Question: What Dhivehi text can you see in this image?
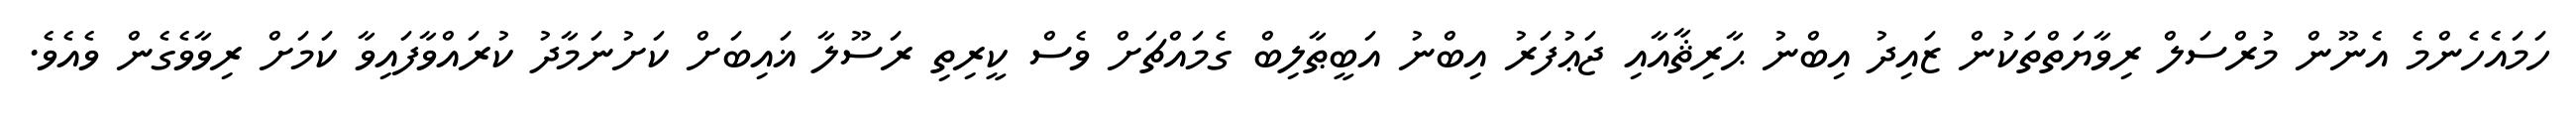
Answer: ހަމައެހެންމެ އެނޫން މުރްސަލް ރިވާޔަތްތަކުން ޒައިދު އިބްނު ޙާރިޘާއާއި ޖަޢުފަރު އިބްނު އަބީޠާލިބް ގެމައްޗަށް ވެސް ކީރިތި ރަސޫލާ ޣައިބަށް ކަށުނަމާދު ކުރައްވާފައިވާ ކަމަށް ރިވާވެގެން ވެއެވެ.